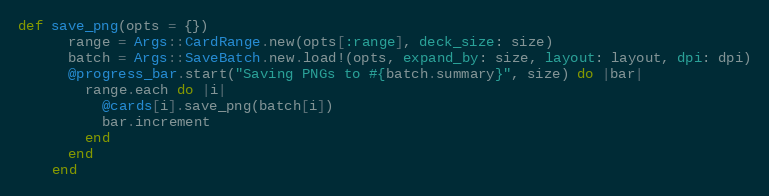
Language: Ruby
def save_png(opts = {})
      range = Args::CardRange.new(opts[:range], deck_size: size)
      batch = Args::SaveBatch.new.load!(opts, expand_by: size, layout: layout, dpi: dpi)
      @progress_bar.start("Saving PNGs to #{batch.summary}", size) do |bar|
        range.each do |i|
          @cards[i].save_png(batch[i])
          bar.increment
        end
      end
    end